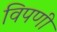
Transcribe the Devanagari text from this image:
विपणी